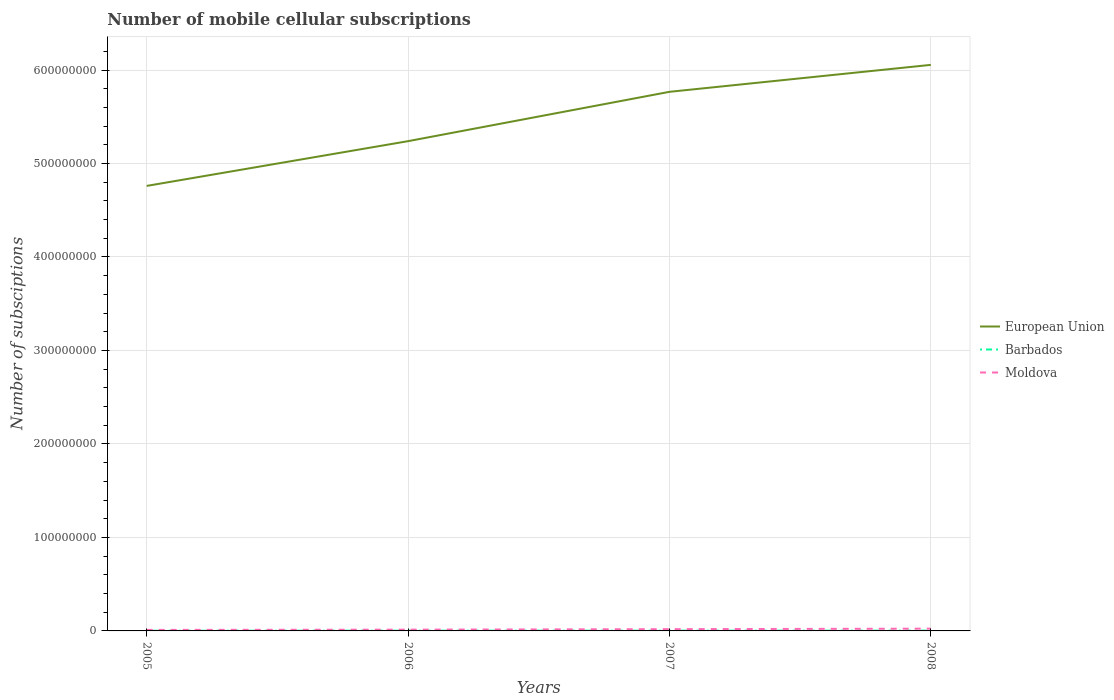
| Years | European Union | Barbados | Moldova |
 | --- | --- | --- | --- |
 | 2005 | 4.76e+08 | 2.06e+05 | 1.09e+06 |
 | 2006 | 5.24e+08 | 2.37e+05 | 1.36e+06 |
 | 2007 | 5.77e+08 | 2.58e+05 | 1.88e+06 |
 | 2008 | 6.05e+08 | 2.89e+05 | 2.42e+06 |